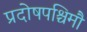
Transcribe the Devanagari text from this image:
प्रदोषपश्चिमौ